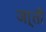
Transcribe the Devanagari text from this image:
जा्ती